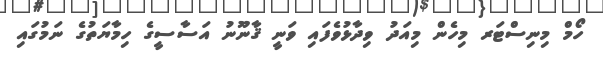
ހޯމް މިނިސްޓަރ މިހެން މިއަދު ވިދާޅުވެފައި ވަނީ ޤާނޫނު އަސާސީގެ ހިމާޔަތުގެ ނަމުގައި